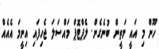
ހޫން މި އައީ މަތީން ބުނެގެން. ލެޕްޓޮޕް މައްސަލަ ޖެހިފައި އިނީމަ އެއެއް